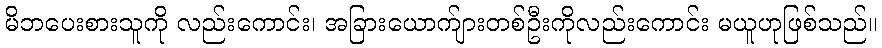
မိဘပေးစားသူကို လည်းကောင်း၊ အခြားယောက်ျားတစ်ဦးကိုလည်းကောင်း မယူဟုဖြစ်သည်။